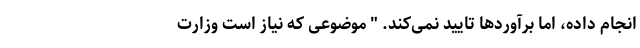
انجام داده، اما برآوردها تایید نمی‌کند. " موضوعی که نیاز است وزارت